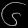
Digit: ၆